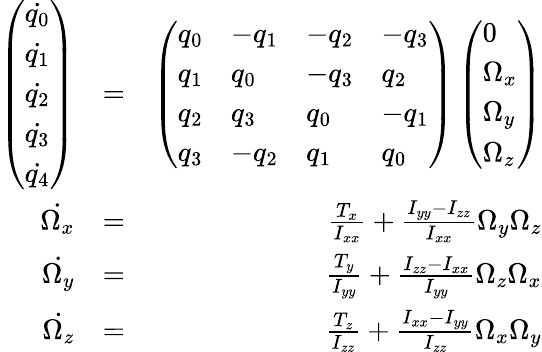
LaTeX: \begin{array}{rlr}{\left(\begin{array}{l}{\dot{q_{0}}}\\ {\dot{q_{1}}}\\ {\dot{q_{2}}}\\ {\dot{q_{3}}}\\ {\dot{q_{4}}}\end{array}\right)}&{=}&{\left(\begin{array}{llll}{q_{0}}&{-q_{1}}&{-q_{2}}&{-q_{3}}\\ {q_{1}}&{q_{0}}&{-q_{3}}&{q_{2}}\\ {q_{2}}&{q_{3}}&{q_{0}}&{-q_{1}}\\ {q_{3}}&{-q_{2}}&{q_{1}}&{q_{0}}\end{array}\right)\left(\begin{array}{l}{0}\\ {\Omega_{x}}\\ {\Omega_{y}}\\ {\Omega_{z}}\end{array}\right)}\\ {\dot{\Omega_{x}}}&{=}&{\frac{T_{x}}{I_{xx}}+\frac{I_{yy}-I_{zz}}{I_{xx}}\Omega_{y}\Omega_{z}}\\ {\dot{\Omega_{y}}}&{=}&{\frac{T_{y}}{I_{yy}}+\frac{I_{zz}-I_{xx}}{I_{yy}}\Omega_{z}\Omega_{x}}\\ {\dot{\Omega_{z}}}&{=}&{\frac{T_{z}}{I_{zz}}+\frac{I_{xx}-I_{yy}}{I_{zz}}\Omega_{x}\Omega_{y}}\end{array}